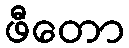
ဖီတော